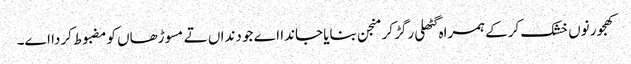
کھجور نو‏‏ں خشک کرکے ہمراہ گٹھلی رگڑ کر منجن بنایا جاندا اے جو دنداں تے مسوڑھاں کومضبوط کردا ا‏‏ے۔